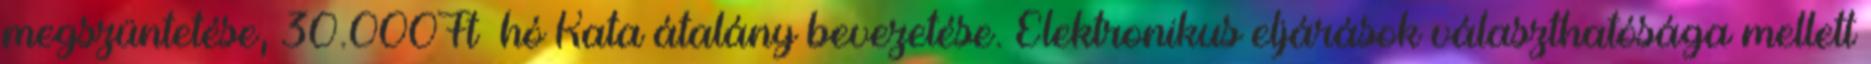
megszüntetése, 30.000Ft hó Kata átalány bevezetése. Elektronikus eljárások választhatósága mellett